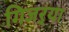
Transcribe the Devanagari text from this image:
गिजऱ्या